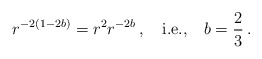
\begin{align*}r^{-2(1-2b)}=r^2r^{-2b}\,,\quad \hbox{i.e.,}\quad b=\frac23\,.\end{align*}